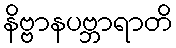
နိဗ္ဗာနပဗ္ဘာရာတိ